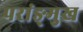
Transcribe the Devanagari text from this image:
परांङ्‌मुख